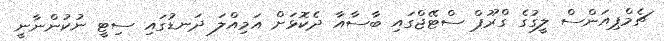
ޗެމްޕިއަންސް ލީގުގެ ގްރޫޕް ސްޓޭޖްގައި ބާސާއާ ދެކޮޅަށް އަމިއްލަ ދަނޑުގައި ސިޓީ ނުކުންނާނީ